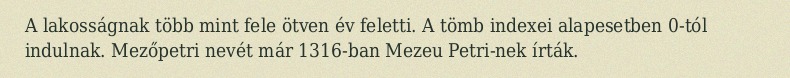
A lakosságnak több mint fele ötven év feletti. A tömb indexei alapesetben 0-tól indulnak. Mezőpetri nevét már 1316-ban Mezeu Petri-nek írták.